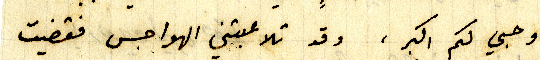
وحبي لكم اكبر ، وقد تلاعبتني الهواجس فقضيت